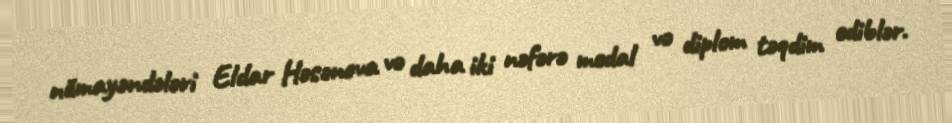
nümayəndələri Eldar Həsənova və daha iki nəfərə medal və diplom təqdim ediblər.